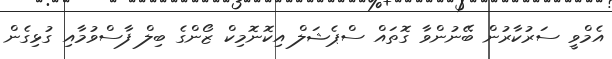
އެމްވީ ސަރުކާރުން ބޭނުންވާ ގޮތައް ސްޕެޝަލް އިކޮނޮމިކް ޒޯންގެ ބިލް ފާސްވުމާއި ގުޅިގެން